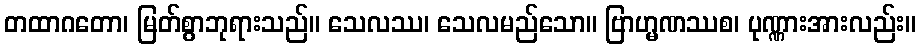
တထာဂတော၊ မြတ်စွာဘုရားသည်။ သေလဿ၊ သေလမည်သော။ ဗြာဟ္မဏဿစ၊ ပုဏ္ဏားအားလည်း။